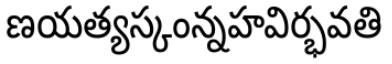
ణయత్యస్కంన్నహవిర్భవతి